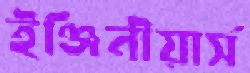
ইঞ্জিনীয়ার্স